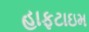
હાફટાઇમ